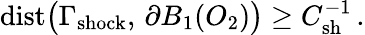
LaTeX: \mathrm{{dist}}\big(\Gamma_{\mathrm{{shock}}},\, \partial B_{1}(O_{2})\big)\geq C_{\mathrm{sh}}^{-1}\, .